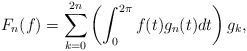
\begin{align*}F_n(f)=\sum_{k=0}^{2n}\left(\int_0^{2\pi}f(t)g_n(t)dt\right)g_k,\end{align*}